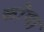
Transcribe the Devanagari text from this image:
कॊणा